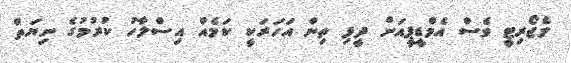
މެޖޯރިޓީ ވެސް އެމްޑީޕީއަށް ދީފި ތިން އަހަރަކީ ކަމެއް އިސްލާހު ކުރުމުގެ ނިޔަތް